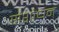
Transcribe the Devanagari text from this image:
संशोधन्